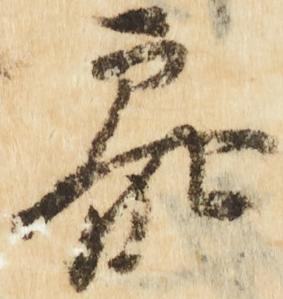
参